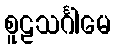
စူဠသင်္ဂါမေ